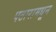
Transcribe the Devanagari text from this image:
पठारामधून